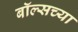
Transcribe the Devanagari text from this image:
बॉल्सच्या